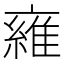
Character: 𬽜